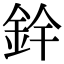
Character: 𮡰